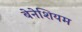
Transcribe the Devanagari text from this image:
बेनेशियम